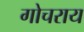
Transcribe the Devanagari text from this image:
गोचराय